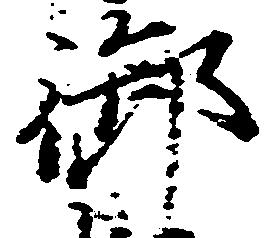
御